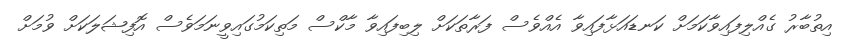
އިތުބާރު ގެއްލިފައިވާކަމަށް ކަނޑައަޅާފައިވާ އެއްވެސް ފަރާތަކަށް ލިބިފައިވާ މާކްސް މަތިކަމުގައިވީނަމަވެސް އޮފިޝަލަކަށް ވުމަށް